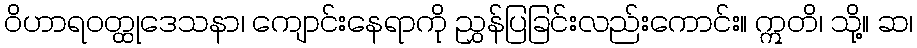
ဝိဟာရဝတ္ထုဒေသနာ၊ ကျောင်းနေရာကို ညွှန်ပြခြင်းလည်းကောင်း။ ဣတိ၊ သို့။ ဆ၊